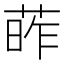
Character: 葃